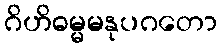
ဂိဟိဓမ္မမနုပဂတော